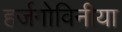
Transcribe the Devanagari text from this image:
हर्जगोविनीया